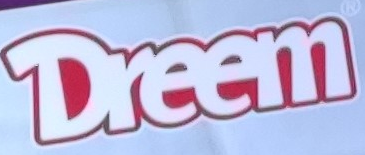
Dreem